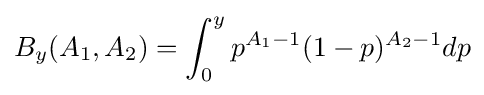
B_{y}(A_{1},A_{2})=\int _{0}^{y}p^{A_{1}-1}(1-p)^{A_{2}-1}dp